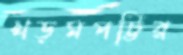
খড়মপট্টির